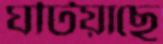
ঘটিয়াছে